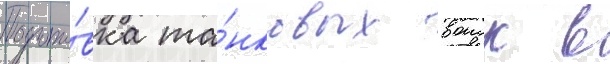
Подгото́вка та́нковых воиск в